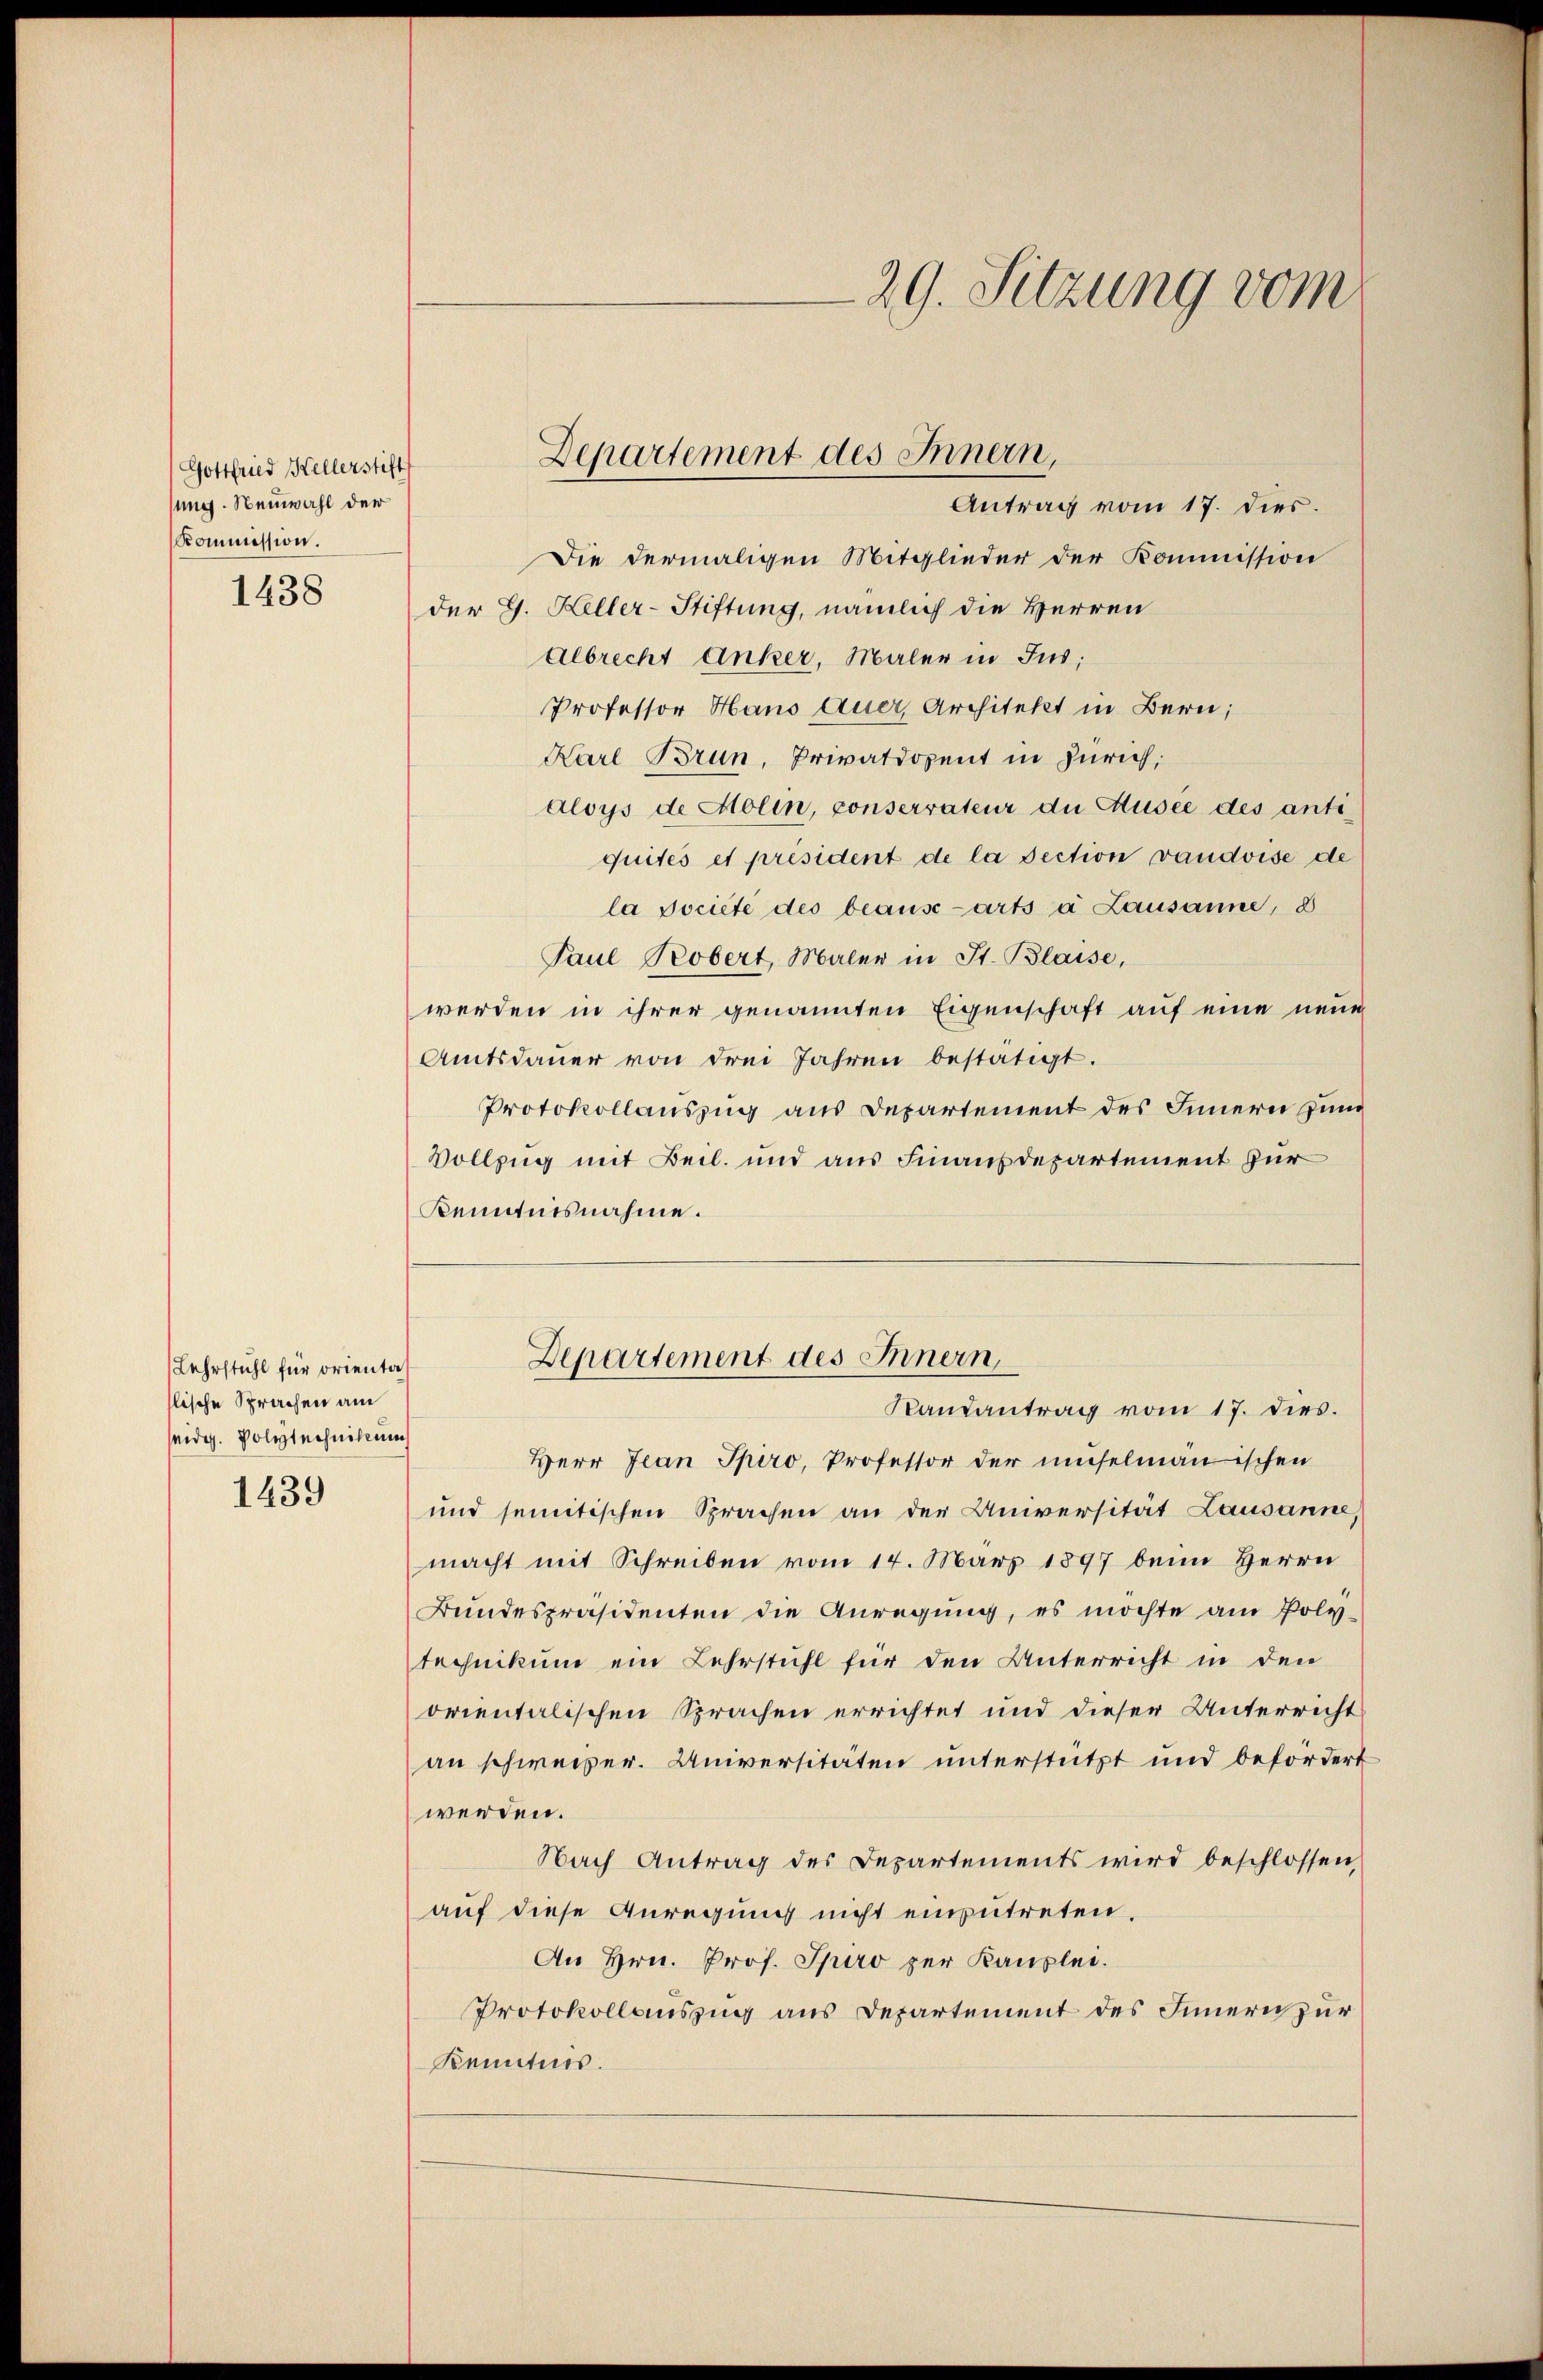
(Gottfried Kellerstift
sung. Neuwahl der
Kommission.

1438

Lehrstuhl für orientat
lische Sprachen am
seidg. Polytechnikum

1439

29. Sitzung vom

Die dermaligen Mitglieder der Kommission
der G. Heller-Stiftung, nämlich die Herren
Albrecht Anker, Maler in Jus;
Professor Haus Auer, Architekt in Bern,
Karl Brun, Privatdozent in Zürich,
aloys de Molin, conserrateur die Musee des antiquités et président de la Section vaudoise de
la société des beaŭse arts à Lausanne, 8
Paul Probert, Maler in St. Blaise,
werden in ihrer genannten Eigenschaft auf eine neue
Amtsdaŭer von drei Jahren bestätigt.
Protokollauszug aus Departement des Innern zum
Vollzug mit Beil. und aus Finanzdepartement für
Kenntnisnahme.
Departement des Innern,
Randantrag vom 17. dies.
Herr Jean Spiro, Professor der muselmannischen
und semitischen Sprachen an der Universität Lausanne,
macht mit Schreiben vom 14. März 1897 beim Herrn
Bundespräsidenten die Anregŭng, es möchte am Poly-
technikum ein Lehrstuhl für den Unterricht in den
orientalischen Sprachen errichtet und dieser Unterricht
an schweizer. Universitäten unterstützt und befordert
werden.
Nach Antrag des Departements wird beschlossen,
auf diese Anregung nicht einzutreten.
An Hrn. Prof. Spiro zur Kanzlei.
Protokollauszug aus Departement des Innern zur
Kenntnis.

Departement des Innern,
Antrag vom 17. dies.